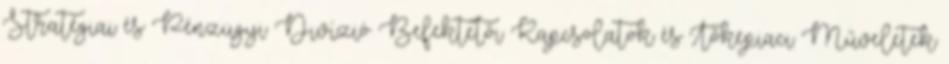
Stratégiai és Pénzügyi Divízió Befektetői Kapcsolatok és Tőkepiaci Műveletek